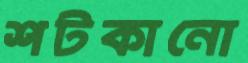
শটকানো